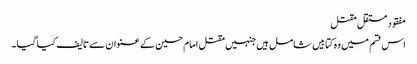
مفقود مستقل مقتل
اس قسم میں وہ کتابیں شامل ہیں جنہیں مقتل امام حسین کے عنوان سے تالیف کیا گیا ۔